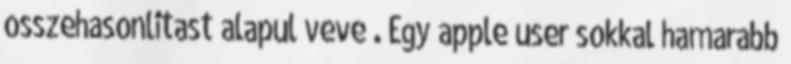
osszehasonlitast alapul veve . Egy apple user sokkal hamarabb